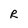
Character: R